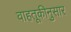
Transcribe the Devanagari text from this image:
वाहतूकीनुसार